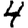
Digit: 4